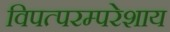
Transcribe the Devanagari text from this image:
विपत्परम्परेशाय